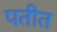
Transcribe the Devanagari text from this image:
पतीत